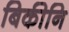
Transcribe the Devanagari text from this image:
बिकीनि